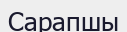
Сарапшы